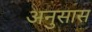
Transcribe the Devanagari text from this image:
अनुसास